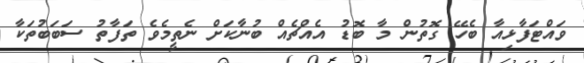
ވައްޓަފާޅިއާ ބެހޭ ގޮތުން މާ ބޮޑު އެއްޗެއް ބުނާކަށް ނެތީމެވެ ތަފާތު ސަބަބުތަކާ